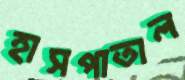
হাসপাতাল